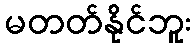
မတတ်နိုင်ဘူး